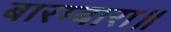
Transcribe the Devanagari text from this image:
बारम्बारा॥